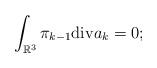
LaTeX: \begin{align*}\int_{\mathbb{R}^{3}}\pi_{k-1}\mathrm{div}a_{k}=0;\end{align*}